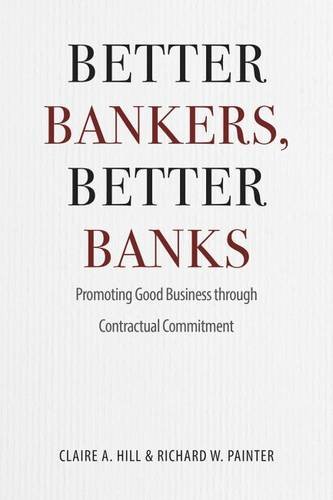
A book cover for Better Bankers, Better Banks: Promoting Good Business through Contractual Commitment; Claire A. Hill; Law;